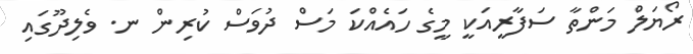
ރޯޔަލް މަންތާ ސަފާރީއަކީ މީގެ ހައެއްކަ މަސް ދުވަސް ކުރިން ނ. ވެލިދޫގައި